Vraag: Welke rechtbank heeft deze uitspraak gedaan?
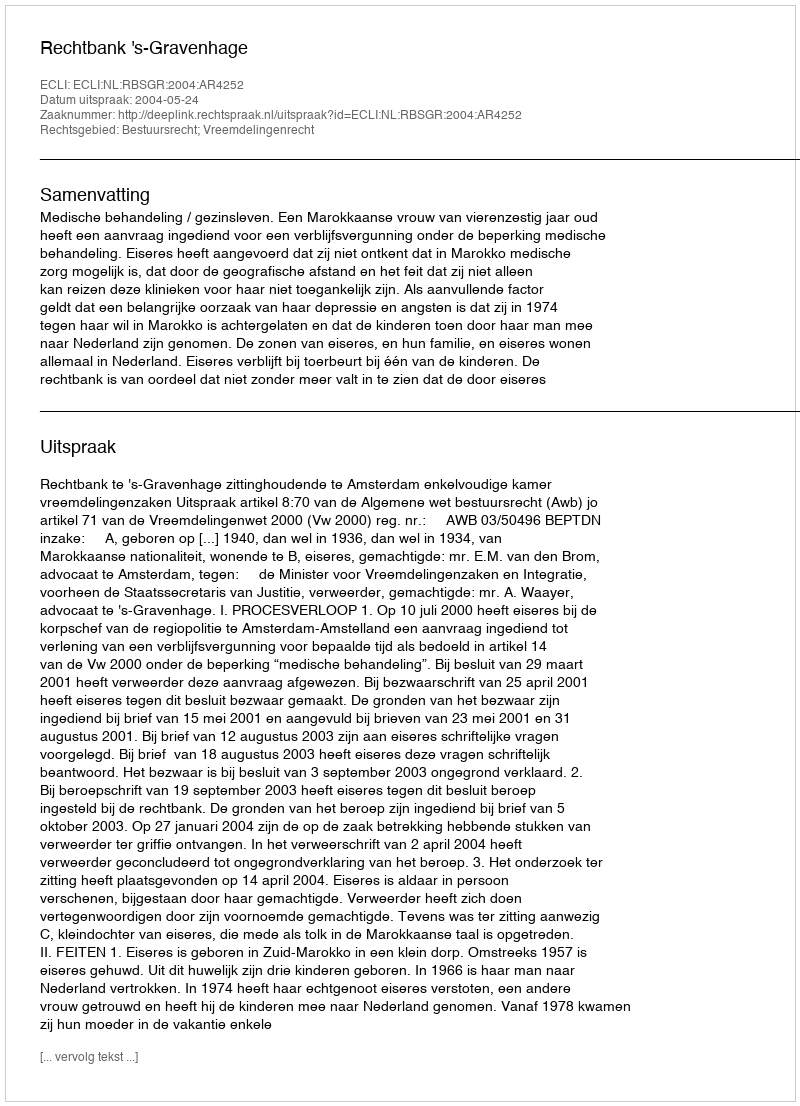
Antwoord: Rechtbank 's-Gravenhage